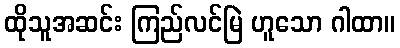
ထိုသူအဆင်း ကြည်လင်မြဲ ဟူသော ဂါထာ။